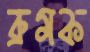
ব্রুমক